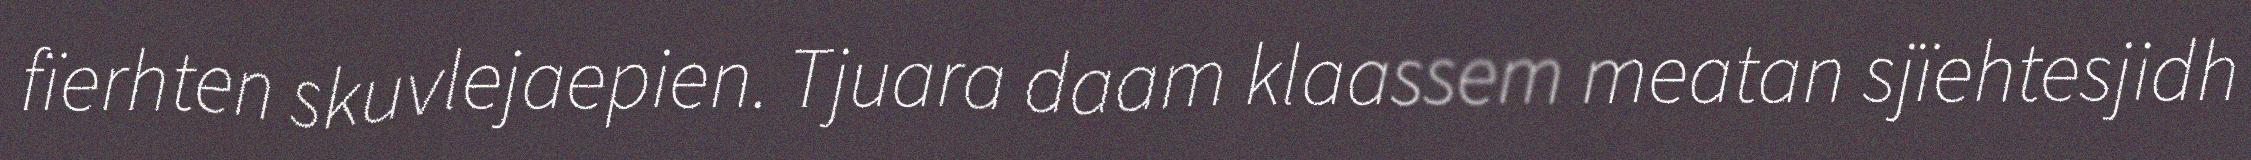
fïerhten skuvlejaepien. Tjuara daam klaassem meatan sjïehtesjidh